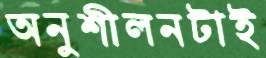
অনুশীলনটাই